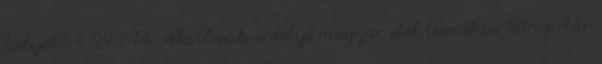
helyett 4 990 Ft Adatbank erdélyi magyar elektronikus könyvtár